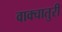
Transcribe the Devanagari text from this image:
वाक्चातुरी